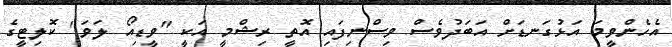
އެހެންވީމަ އަޅުގަނޑަށް އަބަދުވެސް ވިސްނިފައި އޮތީ ރިޝްމީ އަކީ "ވީޑިއޯ ލަވަ" ކޮލިޓީގެ